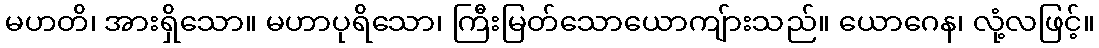
မဟတိ၊ အားရှိသော။ မဟာပုရိသော၊ ကြီးမြတ်သောယောကျ်ားသည်။ ယောဂေန၊ လုံ့လဖြင့်။